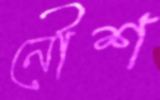
নৌশ